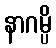
နာဂမ္ပိ